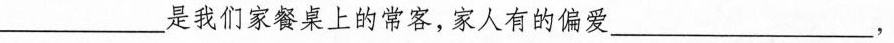
________________________是我们家餐桌上的常客,家人有的偏爱________________________，